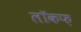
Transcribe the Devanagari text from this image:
लॉकफ़